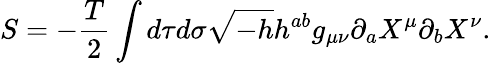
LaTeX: S=-\frac{T}{2}\int d\tau d\sigma\sqrt{-h}h^{ab}g_{\mu\nu}\partial_{a}X^{\mu}\partial_{b}X^{\nu}.